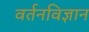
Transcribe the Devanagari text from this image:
वर्तनविज्ञान